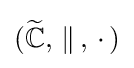
({\widetilde {\mathbb {C} }},\,\parallel \,,\,\cdot \,)